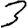
Digit: 3